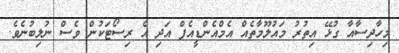
މިހާދިސާއާ ގުޅޭ އިތުރު މައުލޫމާތެއް އެމްއެންޑީއެފް އަދި އެ ރިސޯޓަކުން ވެސް ނުލިބުނެވެ.